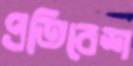
প্রতিবেশ